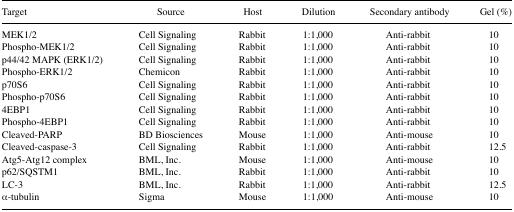
<table><thead><tr><td><b>Target</b></td><td><b>Source</b></td><td><b>Host</b></td><td><b>Dilution</b></td><td><b>Secondary antibody</b></td><td><b>Gel (%)</b></td></tr></thead><tbody><tr><td>MEK1/2</td><td>Cell Signaling</td><td>Rabbit</td><td>1:1,000</td><td>Anti-rabbit</td><td>10</td></tr><tr><td>Phospho-MEK1/2</td><td>Cell Signaling</td><td>Rabbit</td><td>1:1,000</td><td>Anti-rabbit</td><td>10</td></tr><tr><td>p44/42 MAPK (ERK1/2)</td><td>Cell Signaling</td><td>Rabbit</td><td>1:1,000</td><td>Anti-rabbit</td><td>10</td></tr><tr><td>Phospho-ERK1/2</td><td>Chemicon</td><td>Rabbit</td><td>1:1,000</td><td>Anti-rabbit</td><td>10</td></tr><tr><td>p70S6</td><td>Cell Signaling</td><td>Rabbit</td><td>1:1,000</td><td>Anti-rabbit</td><td>10</td></tr><tr><td>Phospho-p70S6</td><td>Cell Signaling</td><td>Rabbit</td><td>1:1,000</td><td>Anti-rabbit</td><td>10</td></tr><tr><td>4EBP1</td><td>Cell Signaling</td><td>Rabbit</td><td>1:1,000</td><td>Anti-rabbit</td><td>10</td></tr><tr><td>Phospho-4EBP1</td><td>Cell Signaling</td><td>Rabbit</td><td>1:1,000</td><td>Anti-rabbit</td><td>10</td></tr><tr><td>Cleaved-PARP</td><td>BD Biosciences</td><td>Mouse</td><td>1:1,000</td><td>Anti-mouse</td><td>10</td></tr><tr><td>Cleaved-caspase-3</td><td>Cell Signaling</td><td>Rabbit</td><td>1:1,000</td><td>Anti-rabbit</td><td>12.5</td></tr><tr><td>Atg5-Atg12 complex</td><td>BML, Inc.</td><td>Mouse</td><td>1:1,000</td><td>Anti-mouse</td><td>10</td></tr><tr><td>p62/SQSTM1</td><td>BML, Inc.</td><td>Rabbit</td><td>1:1,000</td><td>Anti-rabbit</td><td>10</td></tr><tr><td>LC-3</td><td>BML, Inc.</td><td>Rabbit</td><td>1:1,000</td><td>Anti-rabbit</td><td>12.5</td></tr><tr><td>α-tubulin</td><td>Sigma</td><td>Mouse</td><td>1:1,000</td><td>Anti-mouse</td><td>10</td></tr></tbody></table>